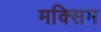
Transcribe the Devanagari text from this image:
मक्सिम